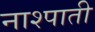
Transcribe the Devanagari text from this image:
नाश्पाती